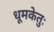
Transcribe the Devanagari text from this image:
धूमकेतुः